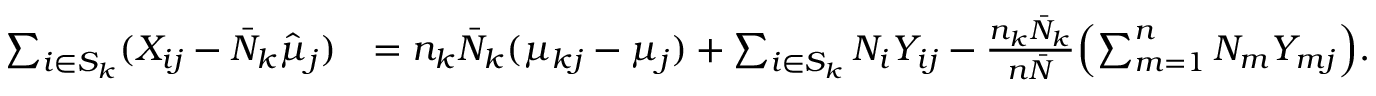
\begin{array} { r l } { \sum _ { i \in S _ { k } } ( X _ { i j } - \bar { N } _ { k } \hat { \mu } _ { j } ) } & { = n _ { k } \bar { N } _ { k } ( \mu _ { k j } - \mu _ { j } ) + \sum _ { i \in S _ { k } } N _ { i } Y _ { i j } - \frac { n _ { k } \bar { N } _ { k } } { n \bar { N } } \Bigl ( \sum _ { m = 1 } ^ { n } N _ { m } Y _ { m j } \Bigr ) . } \end{array}